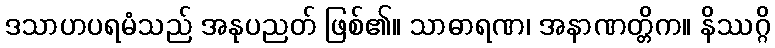
ဒသာဟပရမံသည် အနုပညတ် ဖြစ်၏။ သာဓာရဏ၊ အနာဏတ္တိက။ နိဿဂ္ဂိ